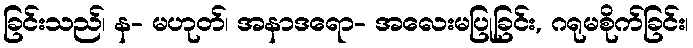
ခြင်းသည်၊ န- မဟုတ်၊ အနာဒရော- အလေးမပြုခြင်း, ဂရုမစိုက်ခြင်း၊